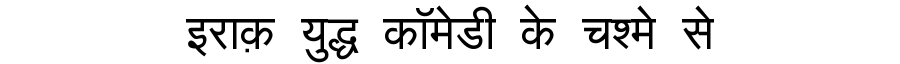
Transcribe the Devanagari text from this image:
इराक़ युद्ध कॉमेडी के चश्मे से